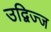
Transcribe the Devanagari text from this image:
उद्विज्ज